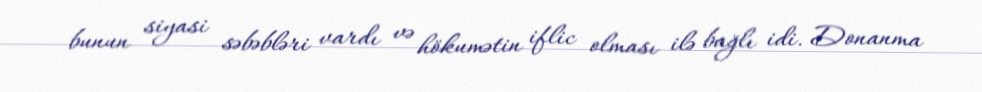
bunun siyasi səbəbləri vardı və hökumətin iflic olması ilə bağlı idi. Donanma